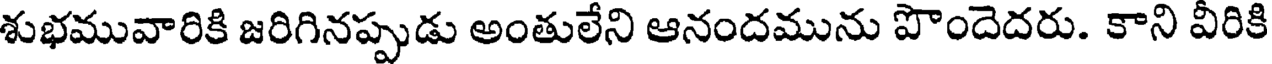
శుభమువారికి జరిగినప్పుడు అంతులేని ఆనందమును పొందెదరు. కాని వీరికి